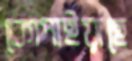
কোপাইয়াছে